Leningradi_Edasi_toimetus, lk 82
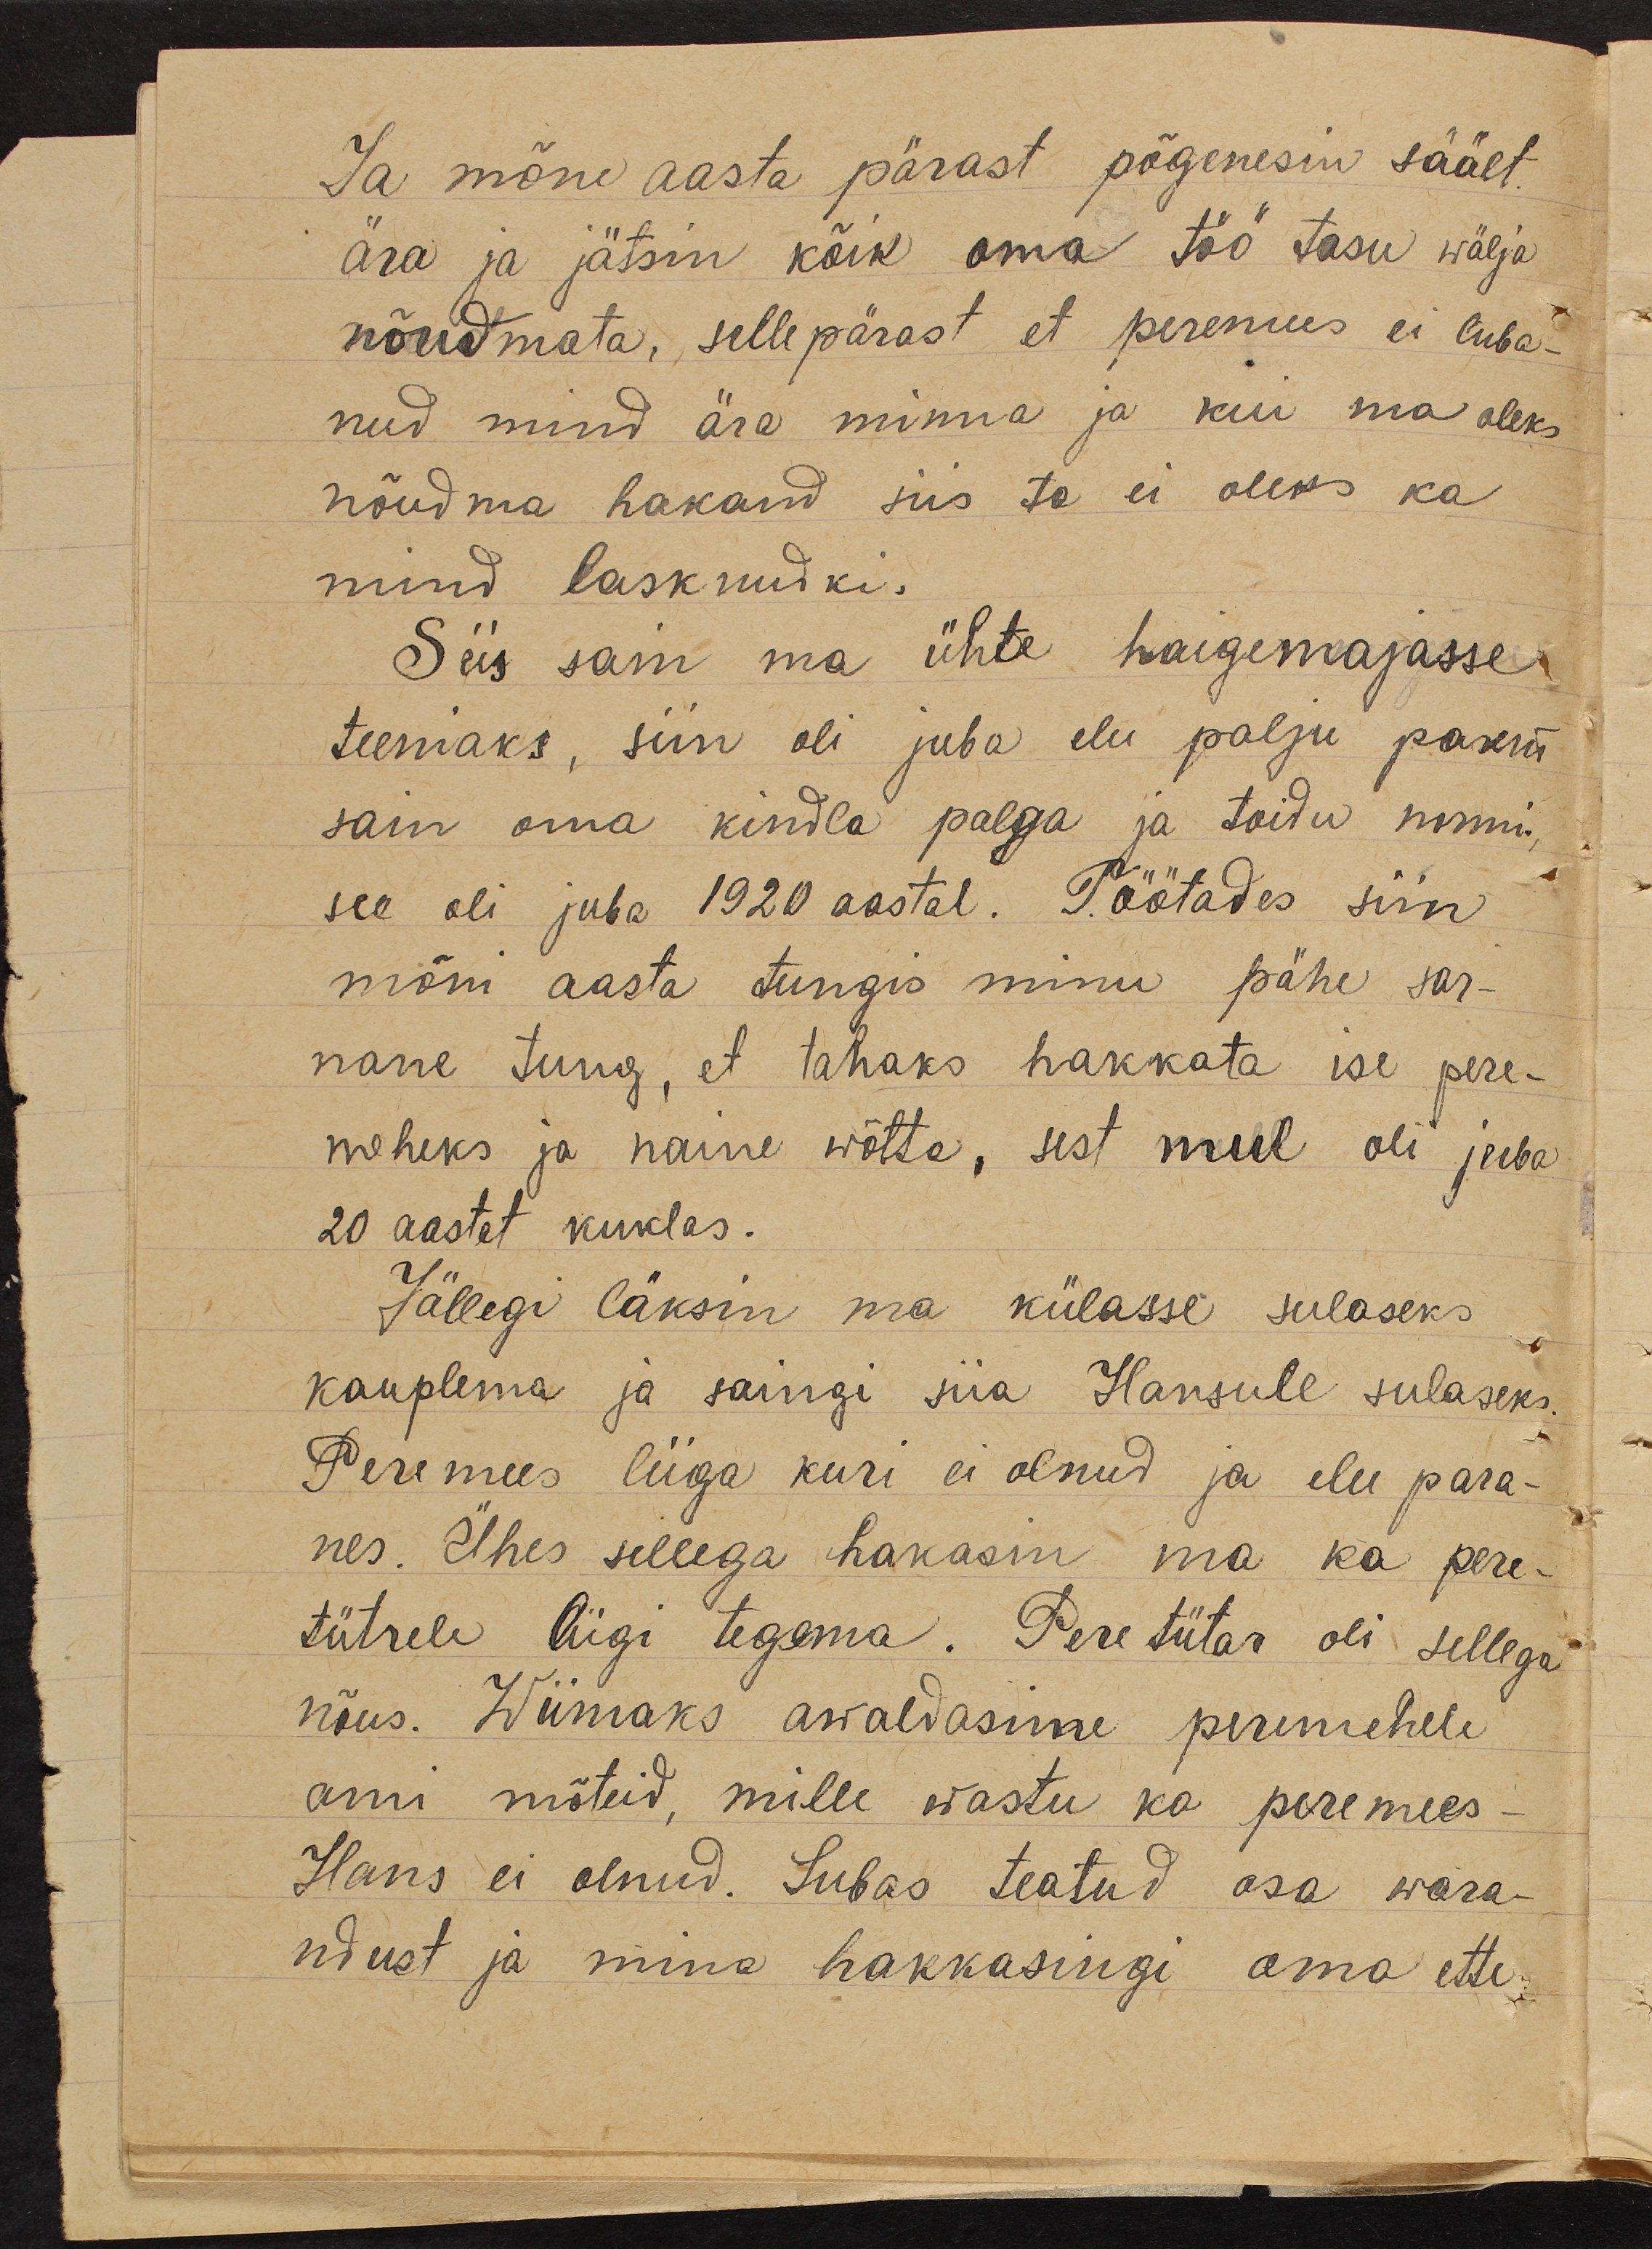
Ja mõne aasta pärast põgenesin säält
ära ja jätsin kõik oma töö tasu wälja
nõudmata, sellepärast et peremees ei luba-
nud mind ära minna ja kui ma oleks
nõudma hakand siis ta ei oleks ka
mind lasknudki.
Siis sain ma ühte haigemajasse
teeniaks, siin oli juba elu palju parem
sain oma kindla palga ja toidu normi,
see oli juba 1920 aastal. Töötades siin
mõni aasta tungis minu pähe sar-
nane tung, et tahaks hakkata ise pere-
meheks ja naine wõtta, sest mul oli juba
20 aastat kuklas.
Jällegi läksin ma külasse sulaseks
kauplema ja saingi siia Hansule sulaseks.
Peremees liiga kuri ei olnud ja elu para-
nes. Ühes sellega hakasin ma ka pere-
tütrele liigi tegema. Peretütar oli sellega
nõus. Wiimaks awaldasime peremehele
omi mõteid, mille wastu ka peremees-
Hans ei olnud. Lubas teatud osa wara-
ndust ja mina hakkasingi oma ette